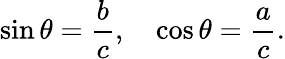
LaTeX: \sin\theta={\frac{b}{c}},\quad\cos\theta={\frac{a}{c}}.